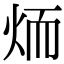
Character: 𦓒